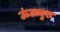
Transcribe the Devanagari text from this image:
ऊंटाधुरा